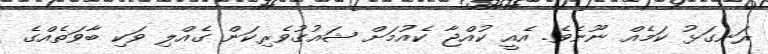
ރަނގަޅު ކަމެއް ނޫނެވެ. އެއީ ކުއްޖާ ކެއުމަށް ޝައުގުވެރިކަން ގެއްލި ވަކި ބާވަތެއްގެ